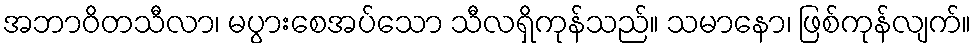
အဘာဝိတသီလာ၊ မပွားစေအပ်သော သီလရှိကုန်သည်။ သမာနော၊ ဖြစ်ကုန်လျက်။